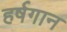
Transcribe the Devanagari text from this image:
हर्षगान